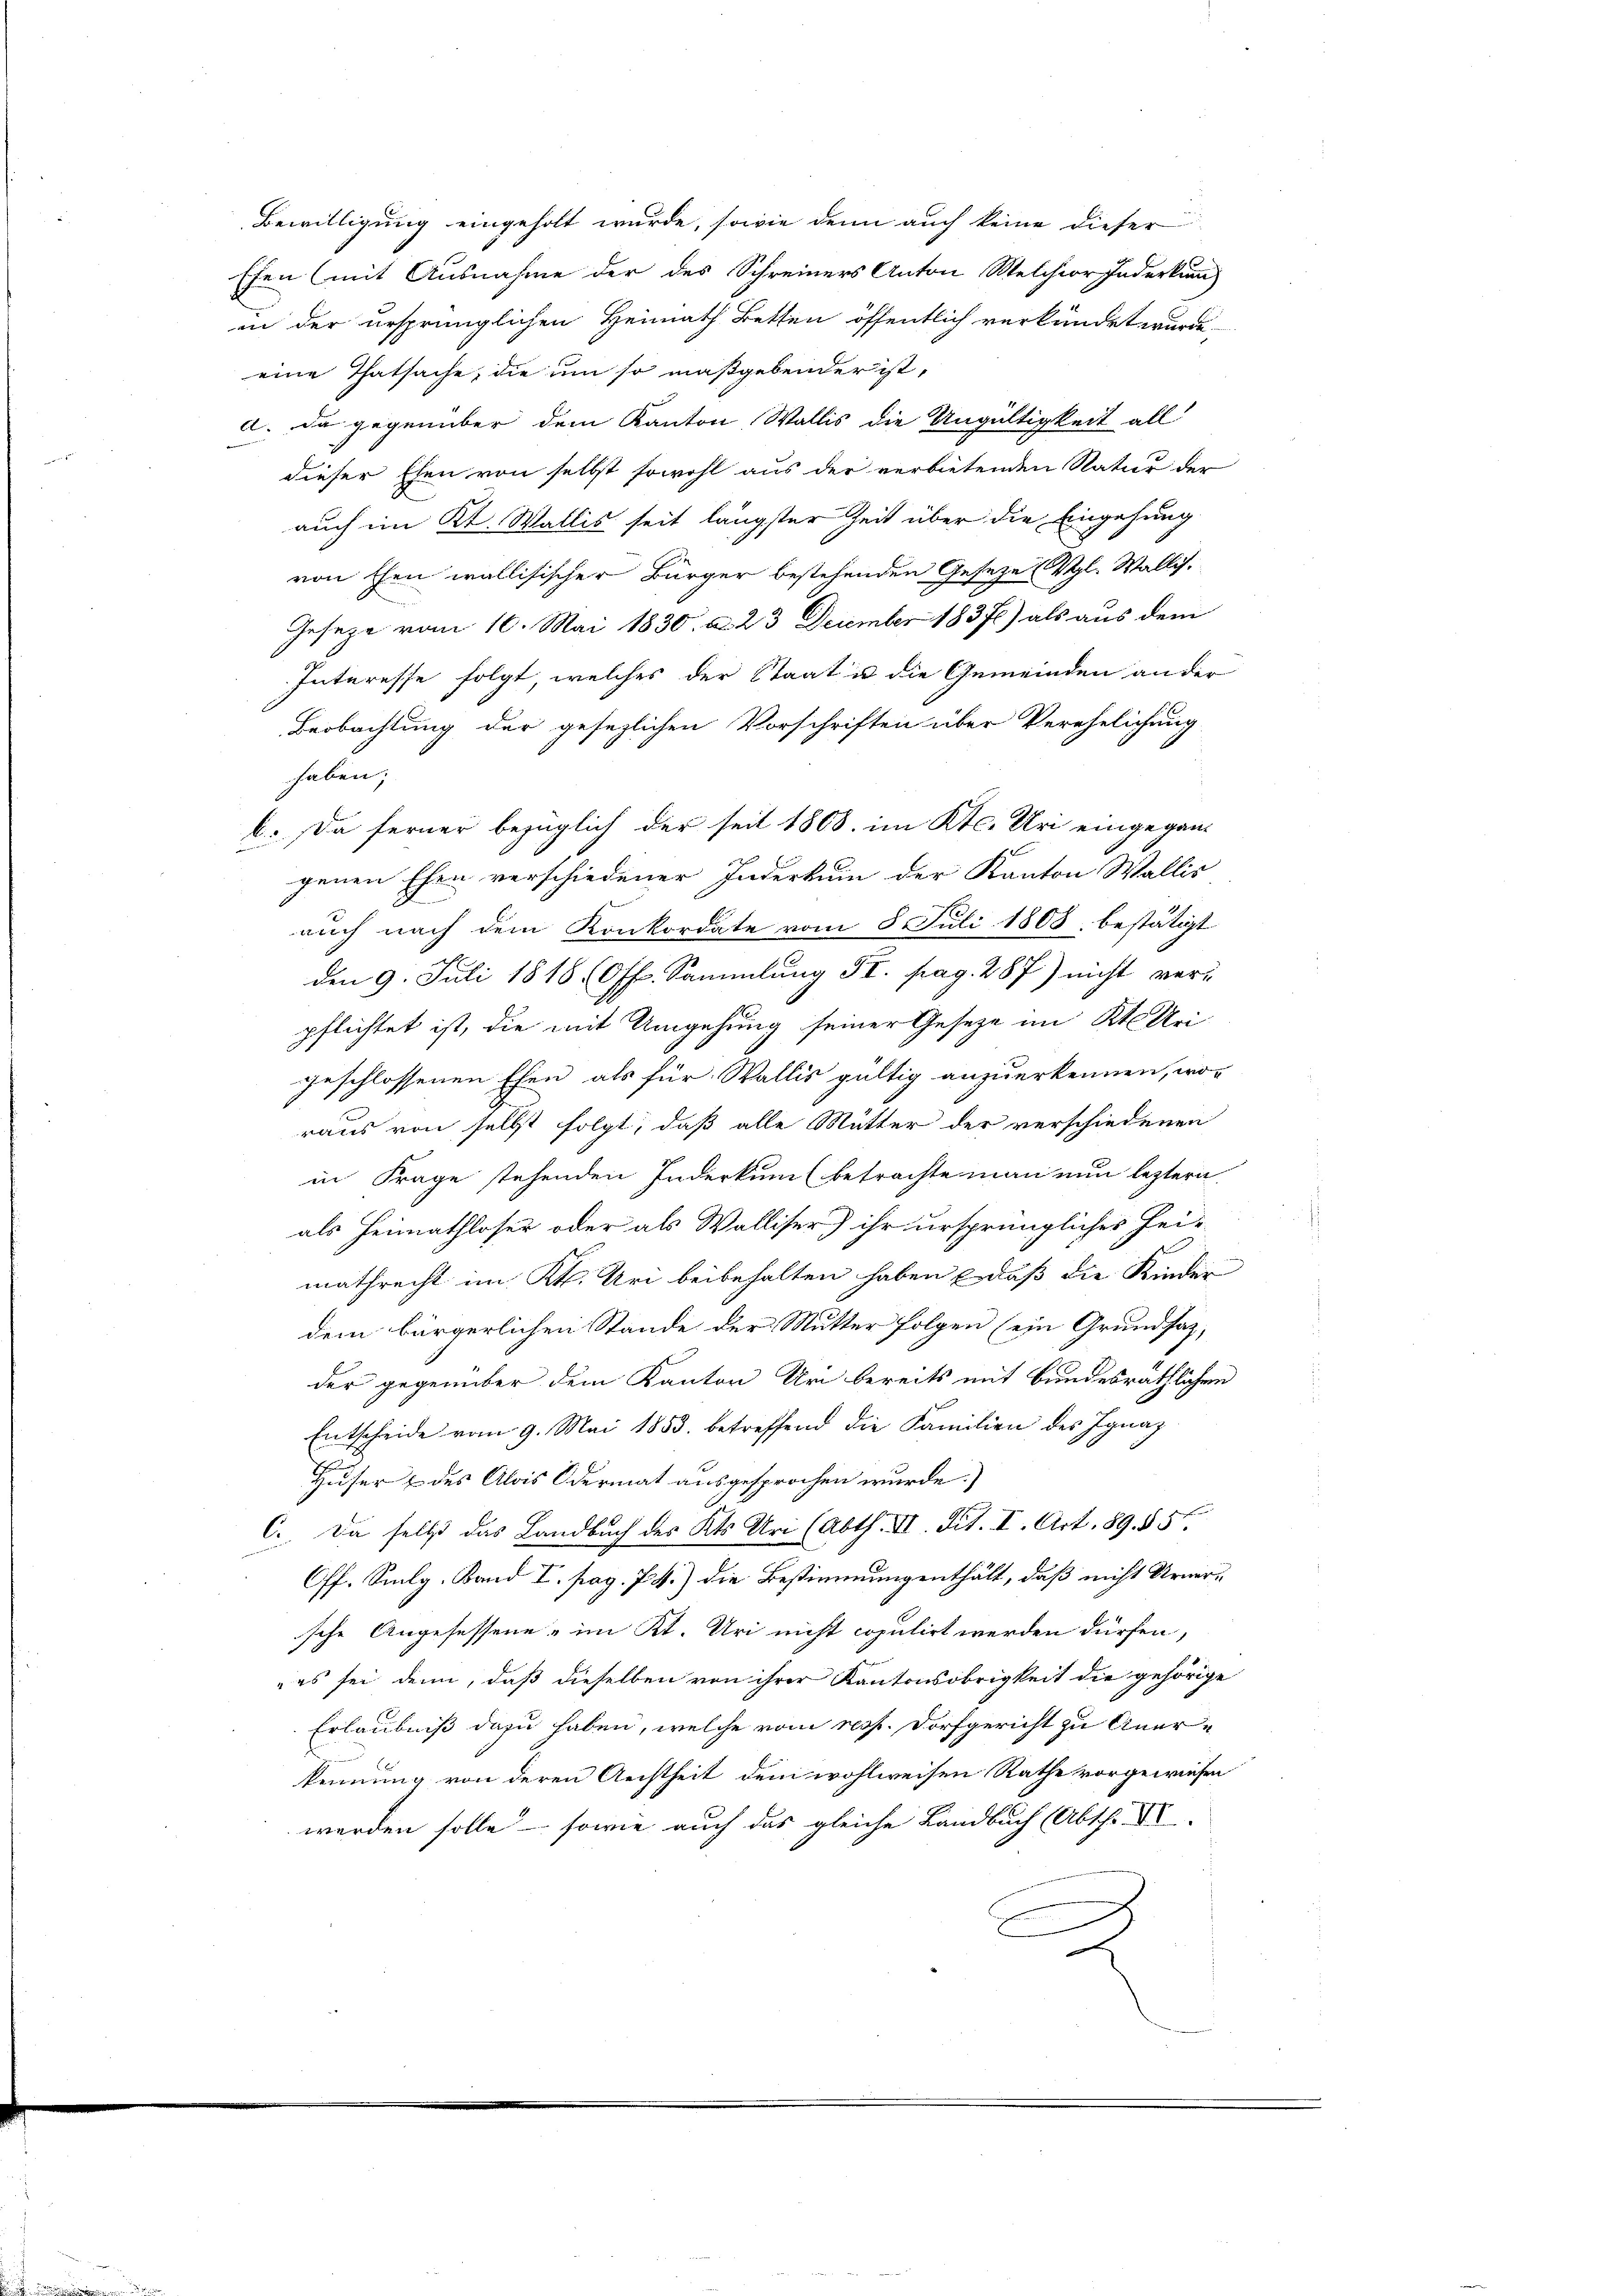
eine Thatsache, die um so maßgebender ist,
a. Da gegenüber dem Kanton Wallis die Ungültigkeit all
dieser Ehen von selbst sowohl aus der verbietenden Natur der
auch im Kt. Wallis seit längster Zeit über die Eingehung
von Ehen wallisischer Bürger bestehenden Geseze (Vgl. Wallis.
Gesetze vom 10. Mai 1830. d. 23 December 18372) als aus dem
Interesse folgt, welches der Staat u die Gemeinden an der
Beobachtung der gesezlichen Vorschriften über Verehelichung
haben;
b. Da ferner bezüglich der seit 1808. im Kt. Uri eingegangenen Ehen verschiedener Inderkum der Kanton Wallis
auch nach dem Konkordate vom 8. Juli 1808, bestätigt
den 9. Juli 1818 (Off. Sammlung II. pag. 287) nicht verpflichtet ist, die mit Umgehung seiner Gesetze im Kt. Uri
geschlossenen Ehen als für Wallis gültig anzuerkennen, wor
raus von selbst folgt, daß alle Mutter der verschiedenen
in Frage stehenden Inderkum (betrachte man nun leztern.
als Heimathloser oder als Walliser) ihr ursprüngliches Hei-
mathrecht im Kt. Uri beibehalten haben daß die Kinder
dem bürgerlichen Stande der Mutter folgen (ein Grundsatz,
der gegenüber dem Kanton Uri bereits mit bundesräthlichen
Entscheide vom 9. Mai 1853. betreffend die Familien des Ignaz
Huser & des Alois Odermat ausgesprochen wurde.
C. Da selbst das Landbuch des Kts. Uri (Abth. VI. Tit. I. Art. 89. 55
Off. Smlg. Band I. pag. 74.) die Bestimmungenthält, daß nicht Urnerische Angefessene - im Kt. Uri nicht copulirt werden dürfen,
„es sei denn, daß dieselben von ihrer Kantonsobrigkeit die gehörige
Erlaubniß dazu haben, welche vom resp. Dorfgericht zu Anerkennung von deren Rechtheit dem wohlweisen Rathe vorgewiesen
werden solle - sowie auch das gleiche Landbuch (Abth. VI.
e
x

Bewilligung eingeholt wurde, sowie denn auch keine dieser
Ehen mit Ausnahme der des Schreiners Anton Melchior Federkung
in der ursprünglichen Heimath Betten öffentlich verkündet wurde.